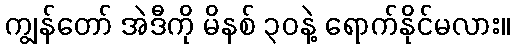
ကျွန်တော် အဲဒီကို မိနစ် ၃၀နဲ့ ရောက်နိုင်မလား။